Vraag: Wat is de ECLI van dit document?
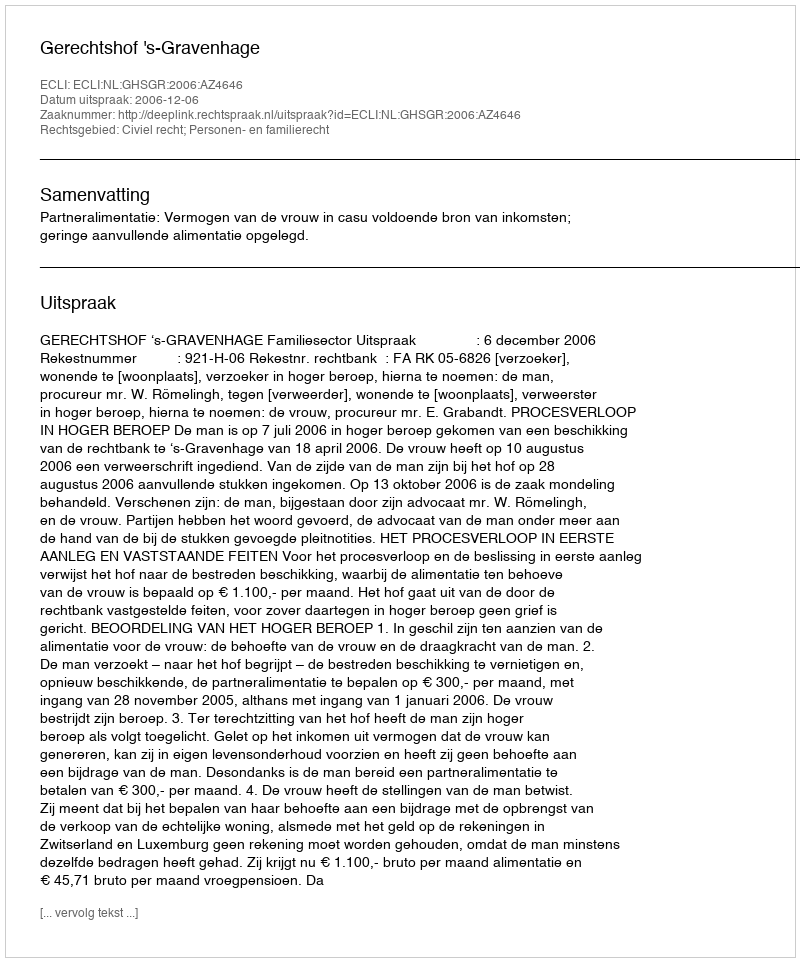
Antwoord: ECLI:NL:GHSGR:2006:AZ4646